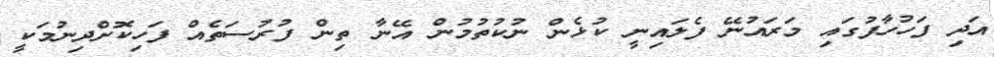
އަދި ފަހުހާފުގައި މަރައުނޭ ފެލައިނީ ކުޅެން ނުކުތުމުން އޭނާ ތިން ފުރުސަތެއް ފަހިކޮށްދިނުމަކީ